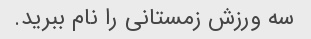
سه ورزش زمستانی را نام ببرید.